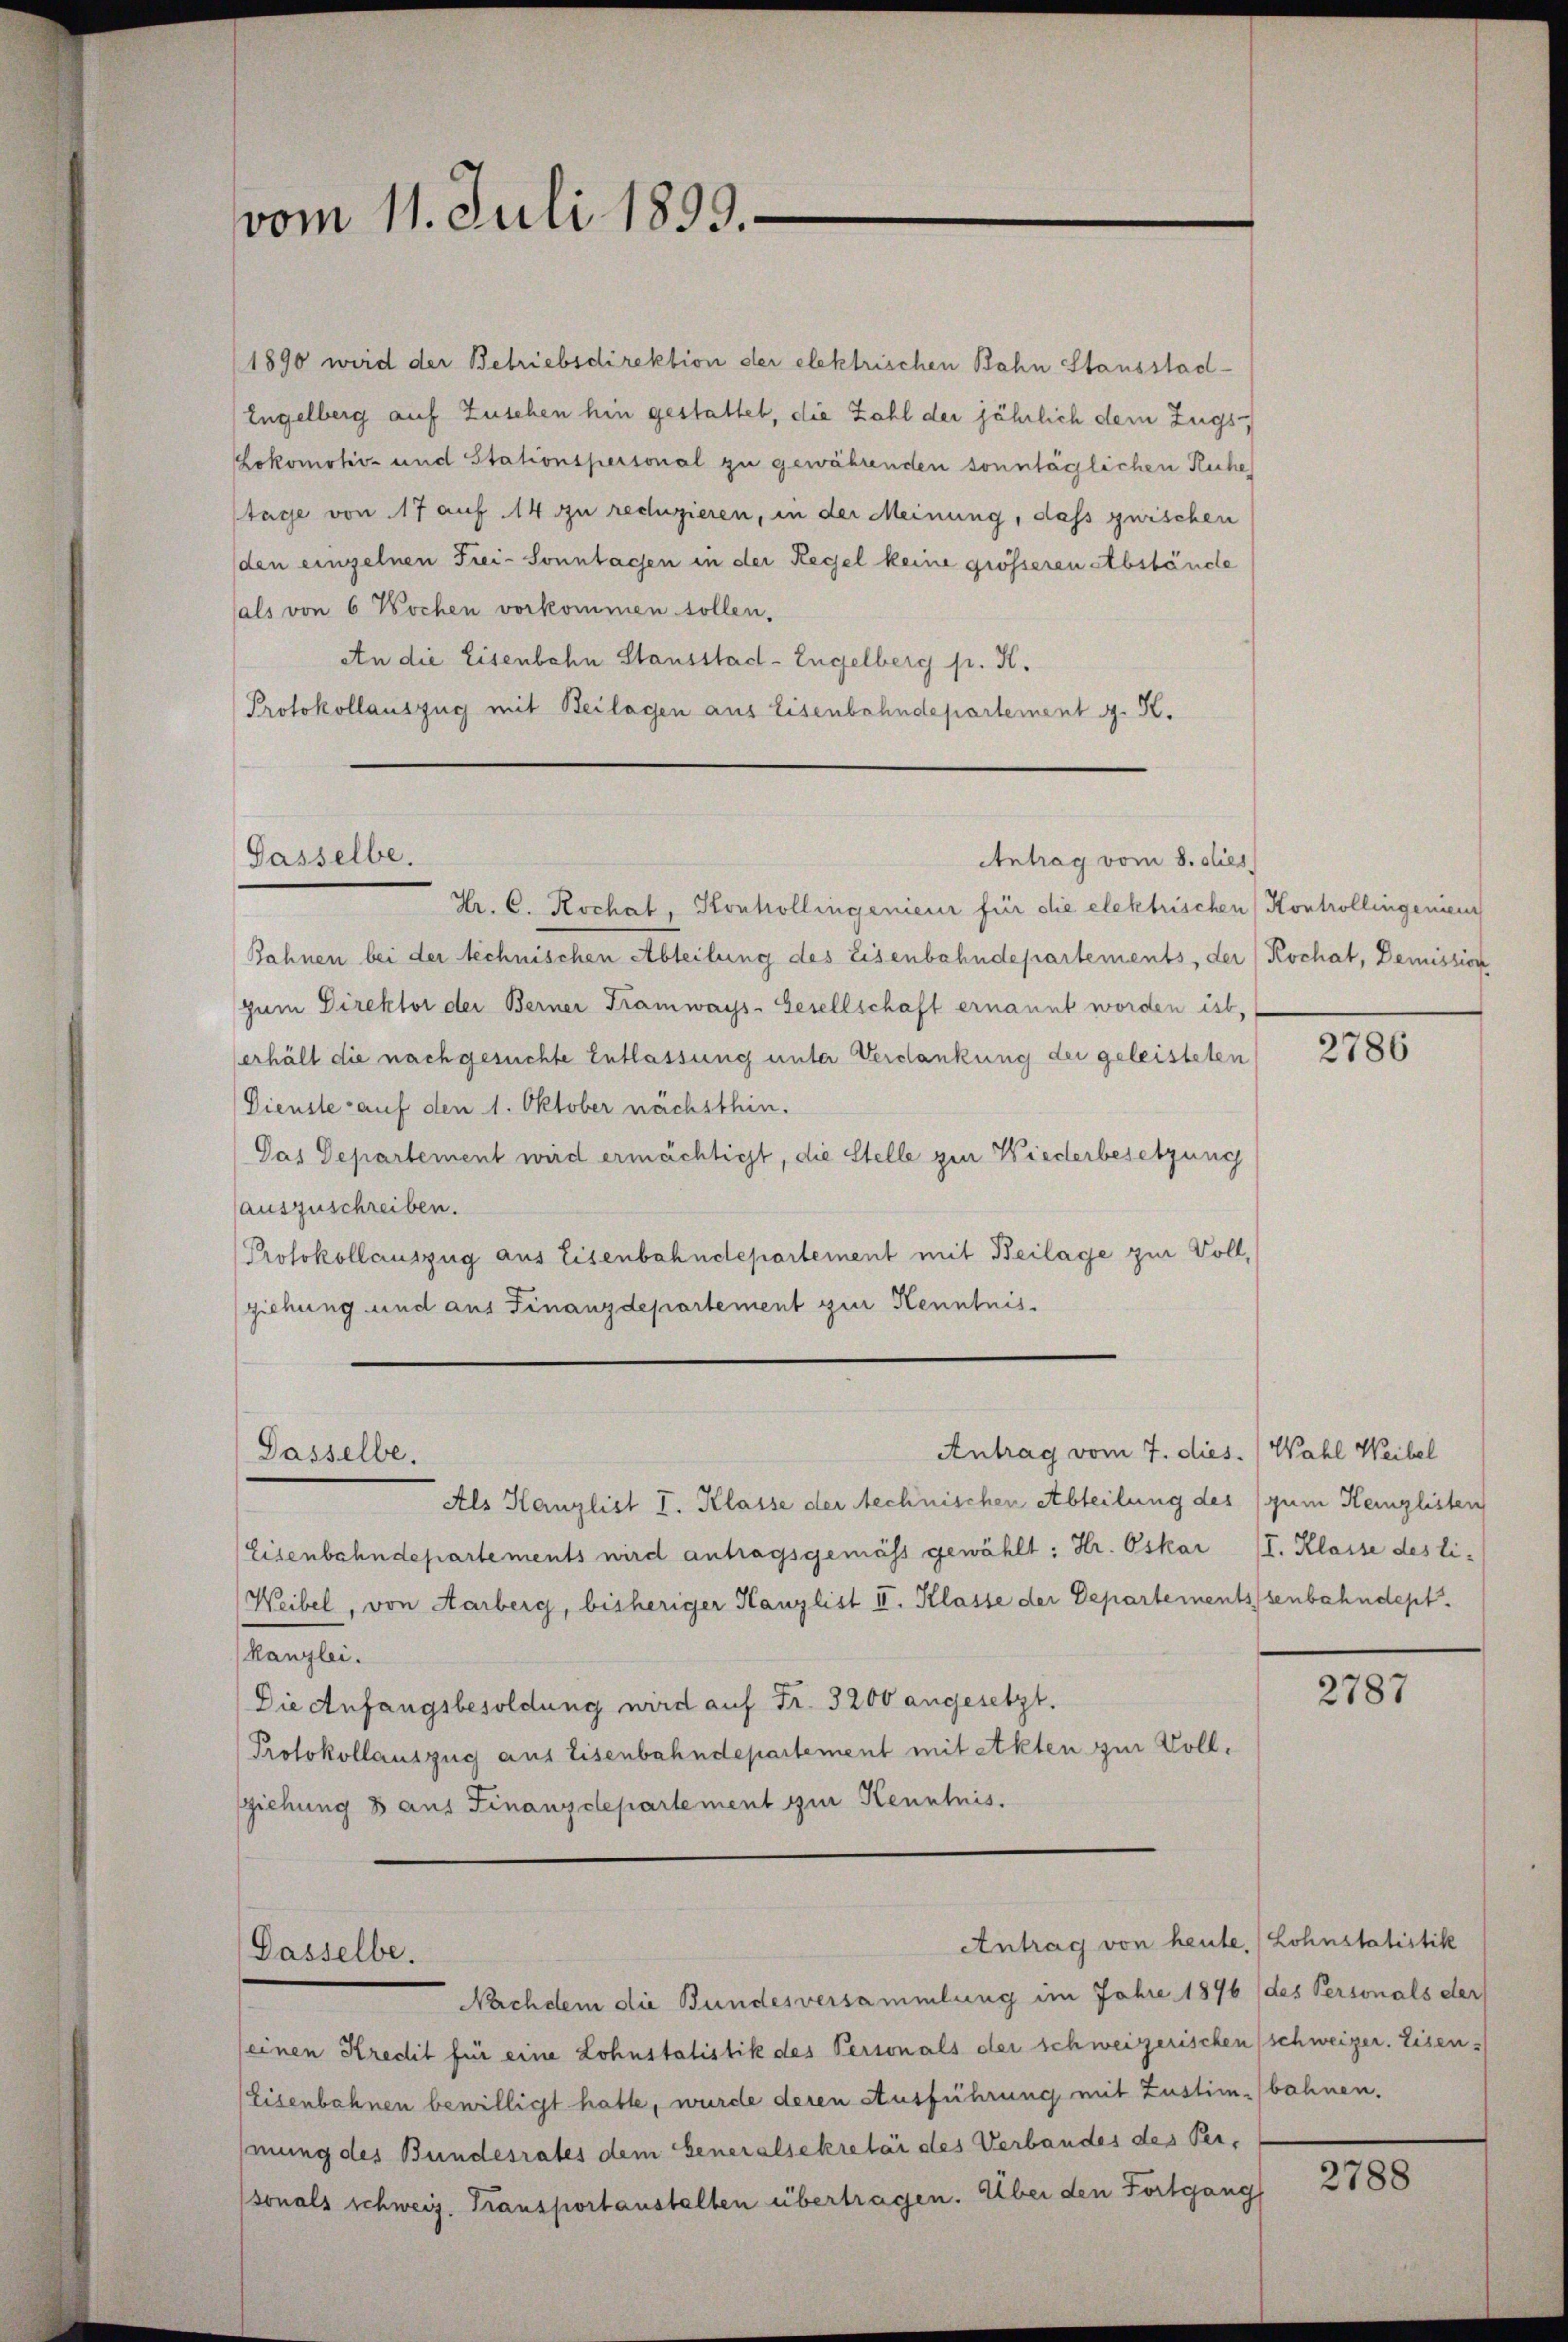
vom 11. Juli 1899.

1890 wird der Betriebsdirektion der elektrischen Bahn Stausstad¬
Engelberg auf Zuschen hin gestattet, die Zahl der jährlich dem Zugs¬
Lokomotiv- und Stationspersonal zu gewährenden sonntäglichen Ruhe
tage von 17 auf 14 zu reduzieren, in der Meinung, dass zwischen
(den einzelnen Frei- Sonntagen in der Regel keine grösseren Abstände
als von 6 Wochen vorkommen sollen.
An die Eisenbahn Stausstad-Engelberg p. K.
Protokollauszug mit Beilagen aus Eisenbahndepartement J. K.

Gasselbe.

Dasselbe.

Dasselbe.

Antrag vom 8. dies

Hr. C. Kochat, Konkollingenieur für die elektrischen Kontrollingenieur
Bahnen bei der technischen Abteilung des Eisenbahndepartements, der Kochat, Demission
zum Direktor der Berner Tramways-Gesellschaft ernannt worden ist,
erhält die nachgesuchte Entlassung unter Verdankung der geleisteten
Dienste auf den 1. Oktober nächsthin.
Das Departement wird ermächtigt, die Stelle zur Wiederbesetzung
auszuschreiben.
Protokollauszug aus Eisenbahndepartement mit Beilage zur Voll,
ziehung und aus Finanzdepartement zur Kenntnis.

Als Kanzlist I. Klasse der technischen Abteilung des (zum Keinglisten
Eisenbahndepartements wird antragsgemäss gewählt: Hr. Oskar
Weibel, von Aarberg, bisheriger Kanzlist II. Klasse der Departementssenbahndept.
Kanzlei.
Die Anfangsbesoldung wird auf Fr. 3200 angesetzt.
Protokollauszug aus Eisenbahndepartement mit Akten zur Vollziehung 3 aus Finanzdepartement zur Kenntnis.

Antrag vom 7. dies. ( Wahl Weibel

Antrag von heute. Lohnstatistik

Nachdem die Bundesversammlung im Jahre 1896 (des Personals der
einen Kredit für eine Lohnstatistik des Personals der schweizerischen (schweizer. Eisen-
(Eisenbahnen bewilligt hatte, wurde deren Ausführung mit Zustim-bahnen.
mung des Bundesrates dem Generalsekretär des Verbandes des Per-
sonals schweiz. Transportanstalten übertragen. Über den Fortgang

2786

/I. Klasse des li-

2787

2788